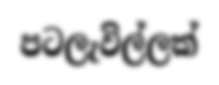
පටලැවිල්ලක්